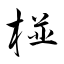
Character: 椪